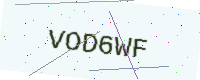
Text: VOD6WF